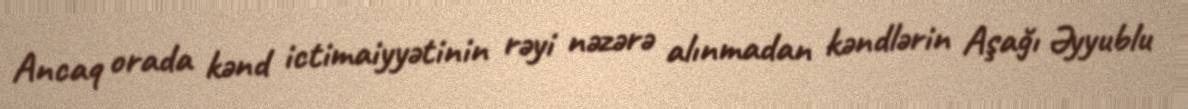
Ancaq orada kənd ictimaiyyətinin rəyi nəzərə alınmadan kəndlərin Aşağı Əyyublu